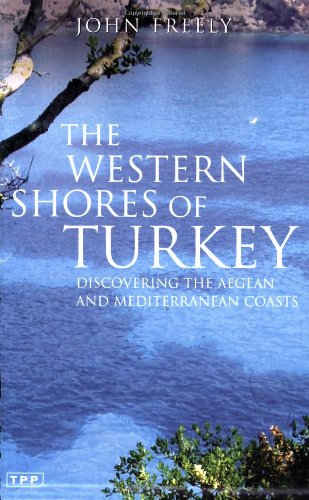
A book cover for The Western Shores of Turkey: Discovering the Aegean and Mediterranean Coasts; John Freely; Travel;